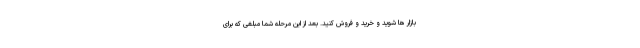
بازار ها شوید و خرید و فروش کنید. بعد از این مرحله شما مبلغی که برای